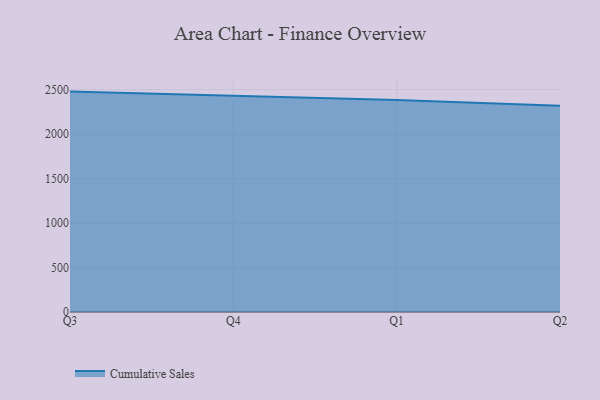
{"axis": {"x": "Quarter", "y": "LTV (USD)"}, "legend": ["Cumulative Sales"], "data": [{"x": "Q3", "y": 2477.1, "type": "Cumulative Sales"}, {"x": "Q4", "y": 2429.8, "type": "Cumulative Sales"}, {"x": "Q1", "y": 2382.1, "type": "Cumulative Sales"}, {"x": "Q2", "y": 2316.9, "type": "Cumulative Sales"}]}